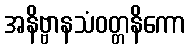
အနိဗ္ဗာနသံဝတ္တနိကော